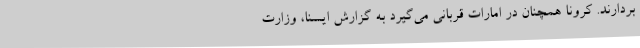
بردارند. کرونا همچنان در امارات قربانی می‌گیرد به گزارش ایسنا، وزارت